Annual administration report of the Civil Veterinary Department of India - 1894-1895
Year: 1894
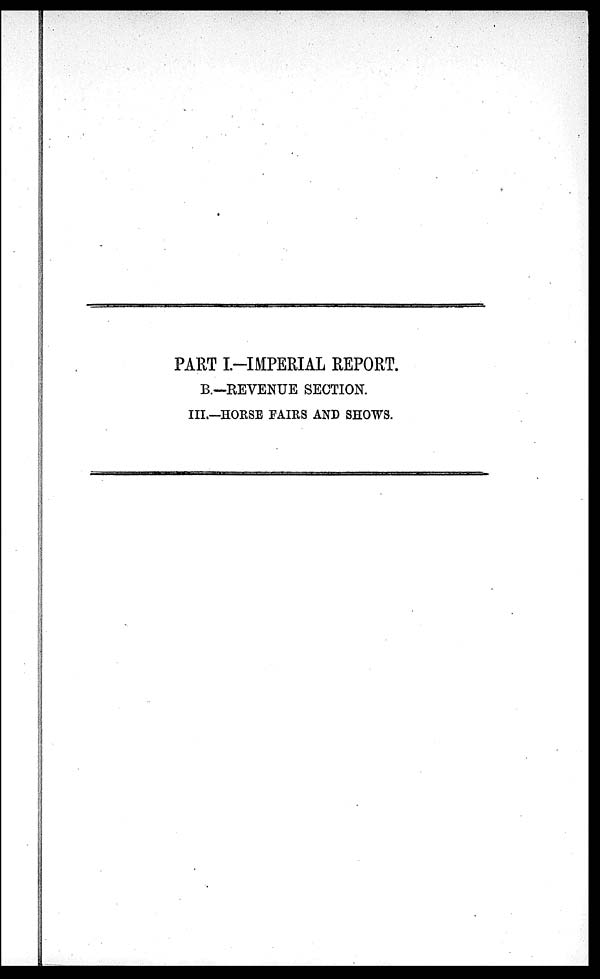
PART I.-IMPERIAL REPORT.
B.—REVENUE SECTION.
III.—HORSE FAIRS AND SHOWS.